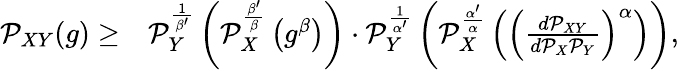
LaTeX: \begin{array}{rl}{\mathcal{P}_{XY}(g)\geq}&{\mathcal{P}_{Y}^{\frac{1}{\beta^{\prime}}}\left(\mathcal{P}_{X}^{\frac{\beta^{\prime}}{\beta}}\left(g^{\beta}\right)\right)\cdot\mathcal{P}_{Y}^{\frac{1}{\alpha^{\prime}}}\left(\mathcal{P}_{X}^{\frac{\alpha^{\prime}}{\alpha}}\left(\left(\frac{d\mathcal{P}_{XY}}{d\mathcal{P}_{X}\mathcal{P}_{Y}}\right)^{\alpha}\right)\right),}\end{array}